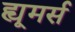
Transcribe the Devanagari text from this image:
ह्यूमर्स